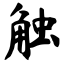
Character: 触